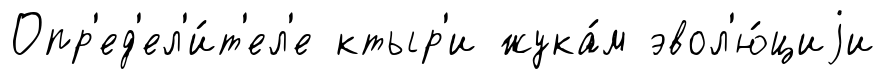
Опр'ед'ел'и́т'ел'е ктыр'и жука́м эвол'ю́циjи